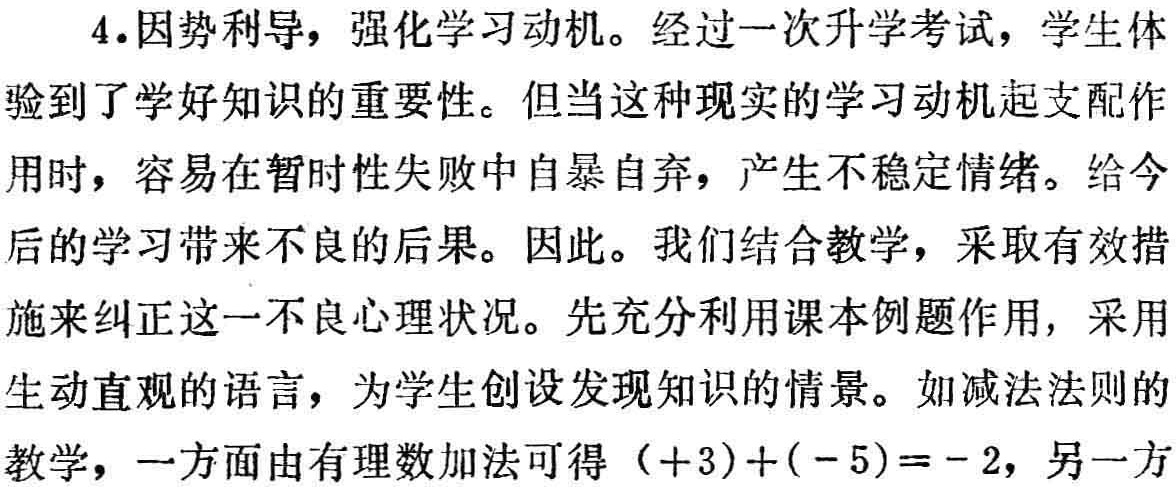
4.因势利导，强化学习动机。经过一次升学考试，学生体

验到了学好知识的重要性。但当这种现实的学习动机起支配作

用时，容易在暂时性失败中自暴自弃，产生不稳定情绪。给今

后的学习带来不良的后果。因此。我们结合教学，采取有效措

施来纠正这一不良心理状况。先充分利用课本例题作用，采用

生动直观的语言，为学生创设发现知识的情景。如减法法则的

教学，一方面由有理数加法可得\(( + 3)+( - 5)= - 2\)，另一方